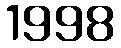
1998